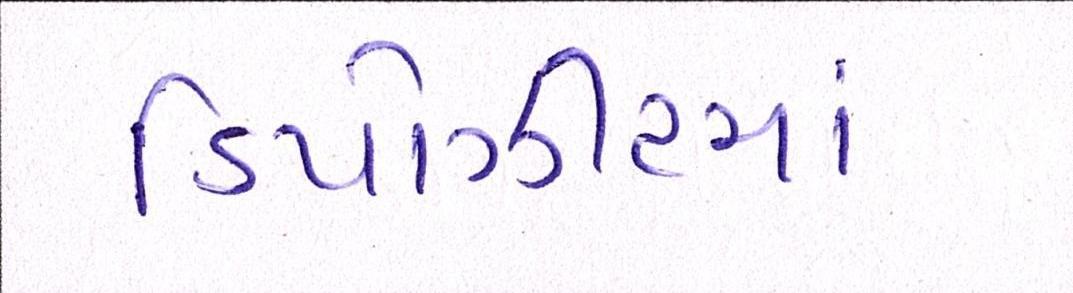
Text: ડિપોઝીટમાં